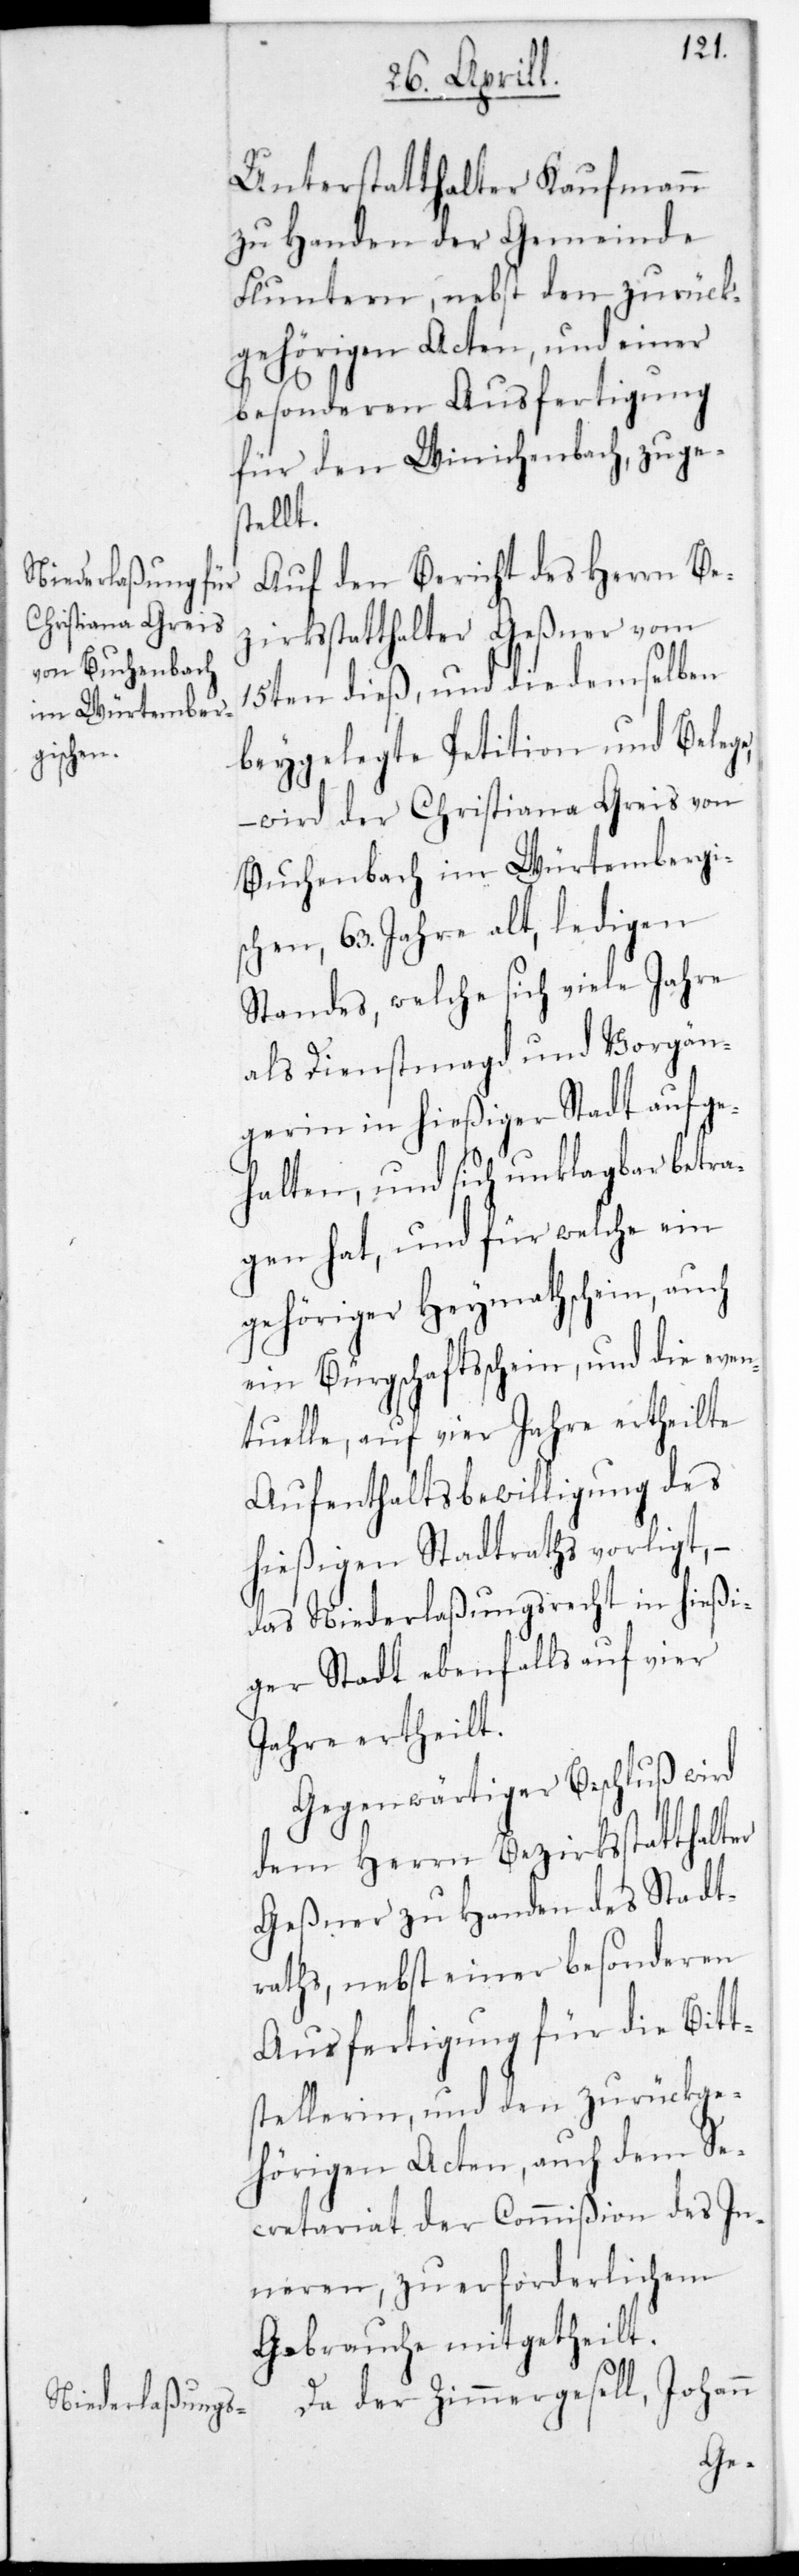
Unterstatthalter Kaufmann
zu Handen der Gemeinde
Fluntern, nebst den zurück¬
gehörigen Acten, und einer
besonderen Ausfertigung
für den Winichenbach zuge¬
stellt
Auf den Bericht des Herrn Be¬
zirksstatthalter Geßner vom
15ten dieß, und die demselben
beygelegte Petition und Belege,
– wird der Christiana Greis von
Buchenbach im Würtembergis¬
chen, 63. Jahre alt, ledigen
Standes, welche sich viele Jahre
als Dienstmagd und Vorgän¬
gerin in hießiger Stadt aufge¬
halten, und sich unklagbar betra¬
gen hat, und für welche ein
gehöriger Heymathschein, auch
ein Bürgschaftsschein, und die even¬
tuelle, auf vier Jahre ertheilte
Aufenthalts-Bewilligung des
hießigen Stadtraths vorliegt, –
das Niederlaßungsrecht in hießi¬
ger Stadt ebenfalls auf vier
Jahre ertheilt.
Gegenwärtiger Beschluß wird
dem Herrn Bezirksstatthalter
Geßner zu Handen des Stadt¬
raths, nebst einer besonderen
Ausfertigung für die Bitt¬
stellerin, und den zurückge¬
hörigen Acten, auch dem Se¬
cretariat der Commißion des In¬
neren zu erforderlichem
Gebrauche mitgetheilt.
Da der Zimmergesell, Johann